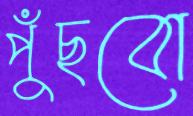
পুঁছবো